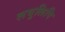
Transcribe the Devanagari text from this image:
लघुलिपि